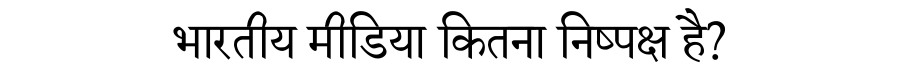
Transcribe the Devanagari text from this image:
भारतीय मीडिया कितना निष्पक्ष है?